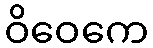
ဝိဝေကေ